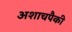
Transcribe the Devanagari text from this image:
अशाचपैकी